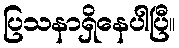
ပြသနာရှိနေပါပြီ။